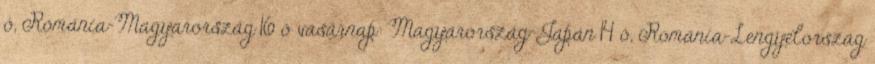
ó, Románia-Magyarország 16 ó vasárnap: Magyarország-Japán 14 ó, Románia-Lengyelország